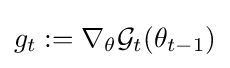
g_{t}:=\nabla _{\theta }{\mathcal {G}}_{t}(\theta _{t-1})